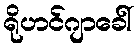
ရိုဟင်ဂျာခေါ်